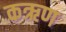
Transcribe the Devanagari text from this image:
कऋण